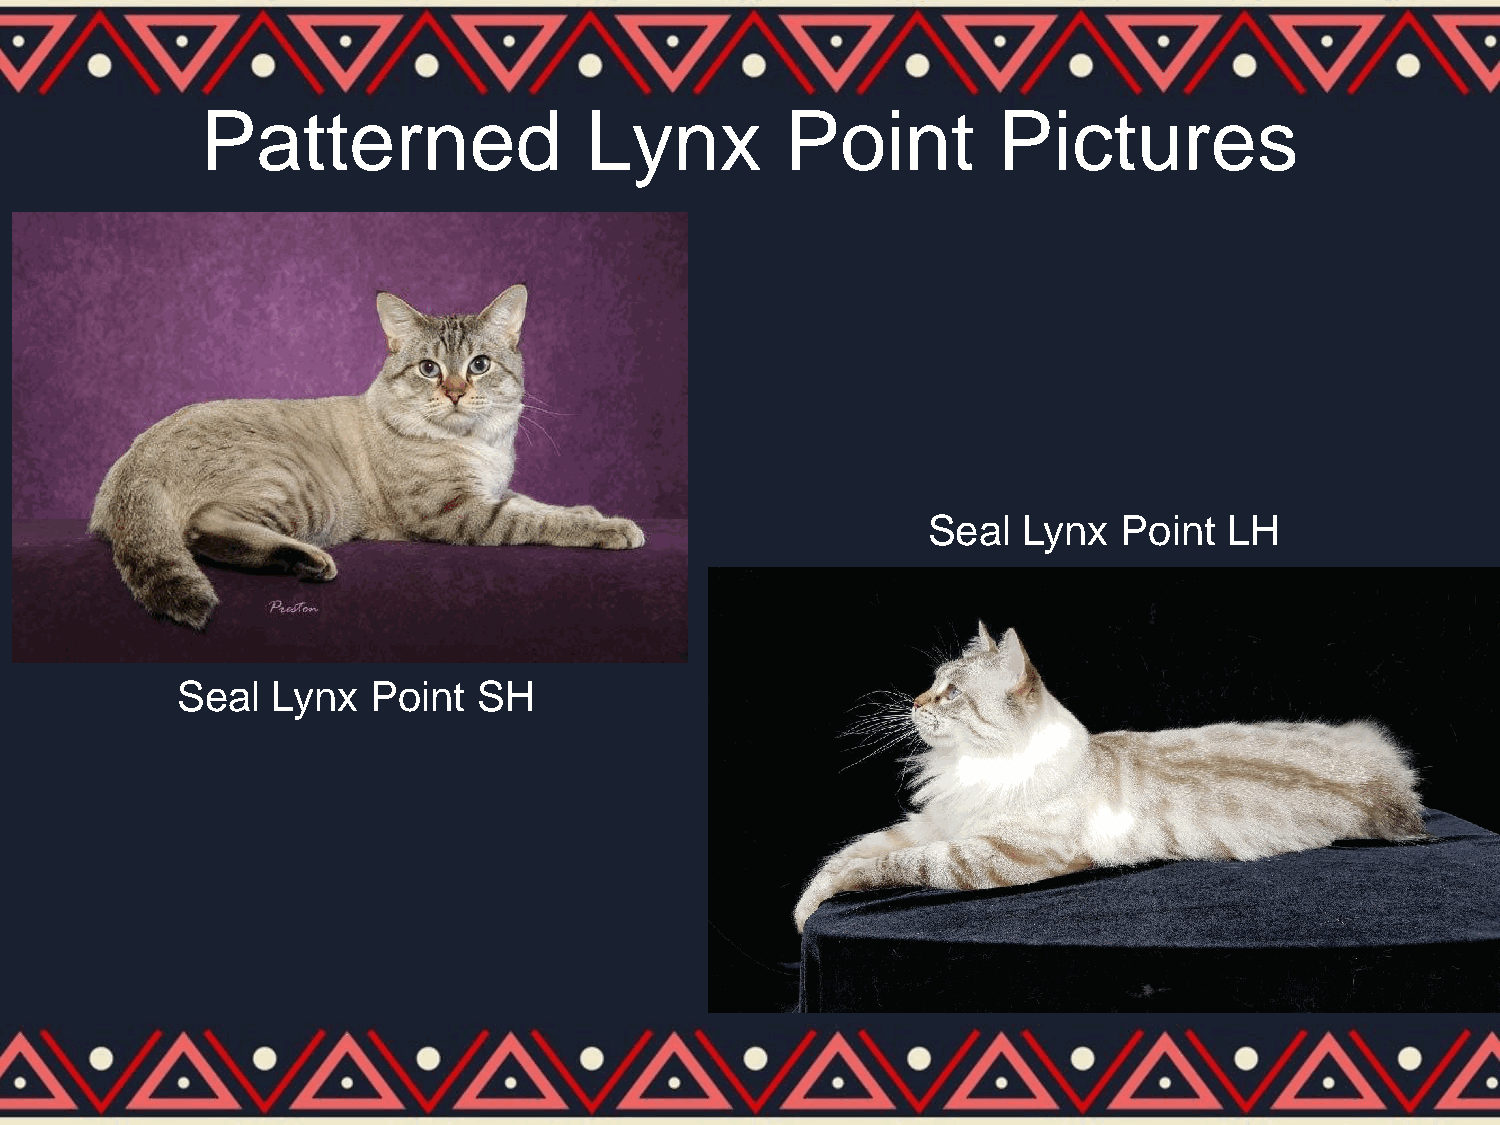
Patterned                 Lynx         Point         Pictures
 Seal   Lynx  Point  LH
 Seal  Lynx   Point  SH